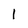
Character: l